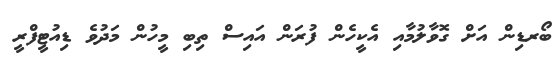
ބޯރޑިން އަށް ގޮވާލުމާއި އެކީހެން ފުރަން އައިސް ތިބި މީހުން މަދުވެ ޑިއުޓީފްރީ